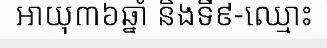
អាយុ៣៦ឆ្នាំ និងទី៩-ឈ្មោះ